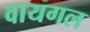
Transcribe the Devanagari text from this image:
वायगल